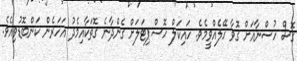
ގޮސް ހުސްނާއަށް ގޮވާ ހޭލެއްވީމެވެ. ހައިކަލް ހޮސްޕިޓަލަށް ގެންދާނެ ގޮތަކާއިމެދު އަހަރެން ކަންބޮޑުވިއެވެ.